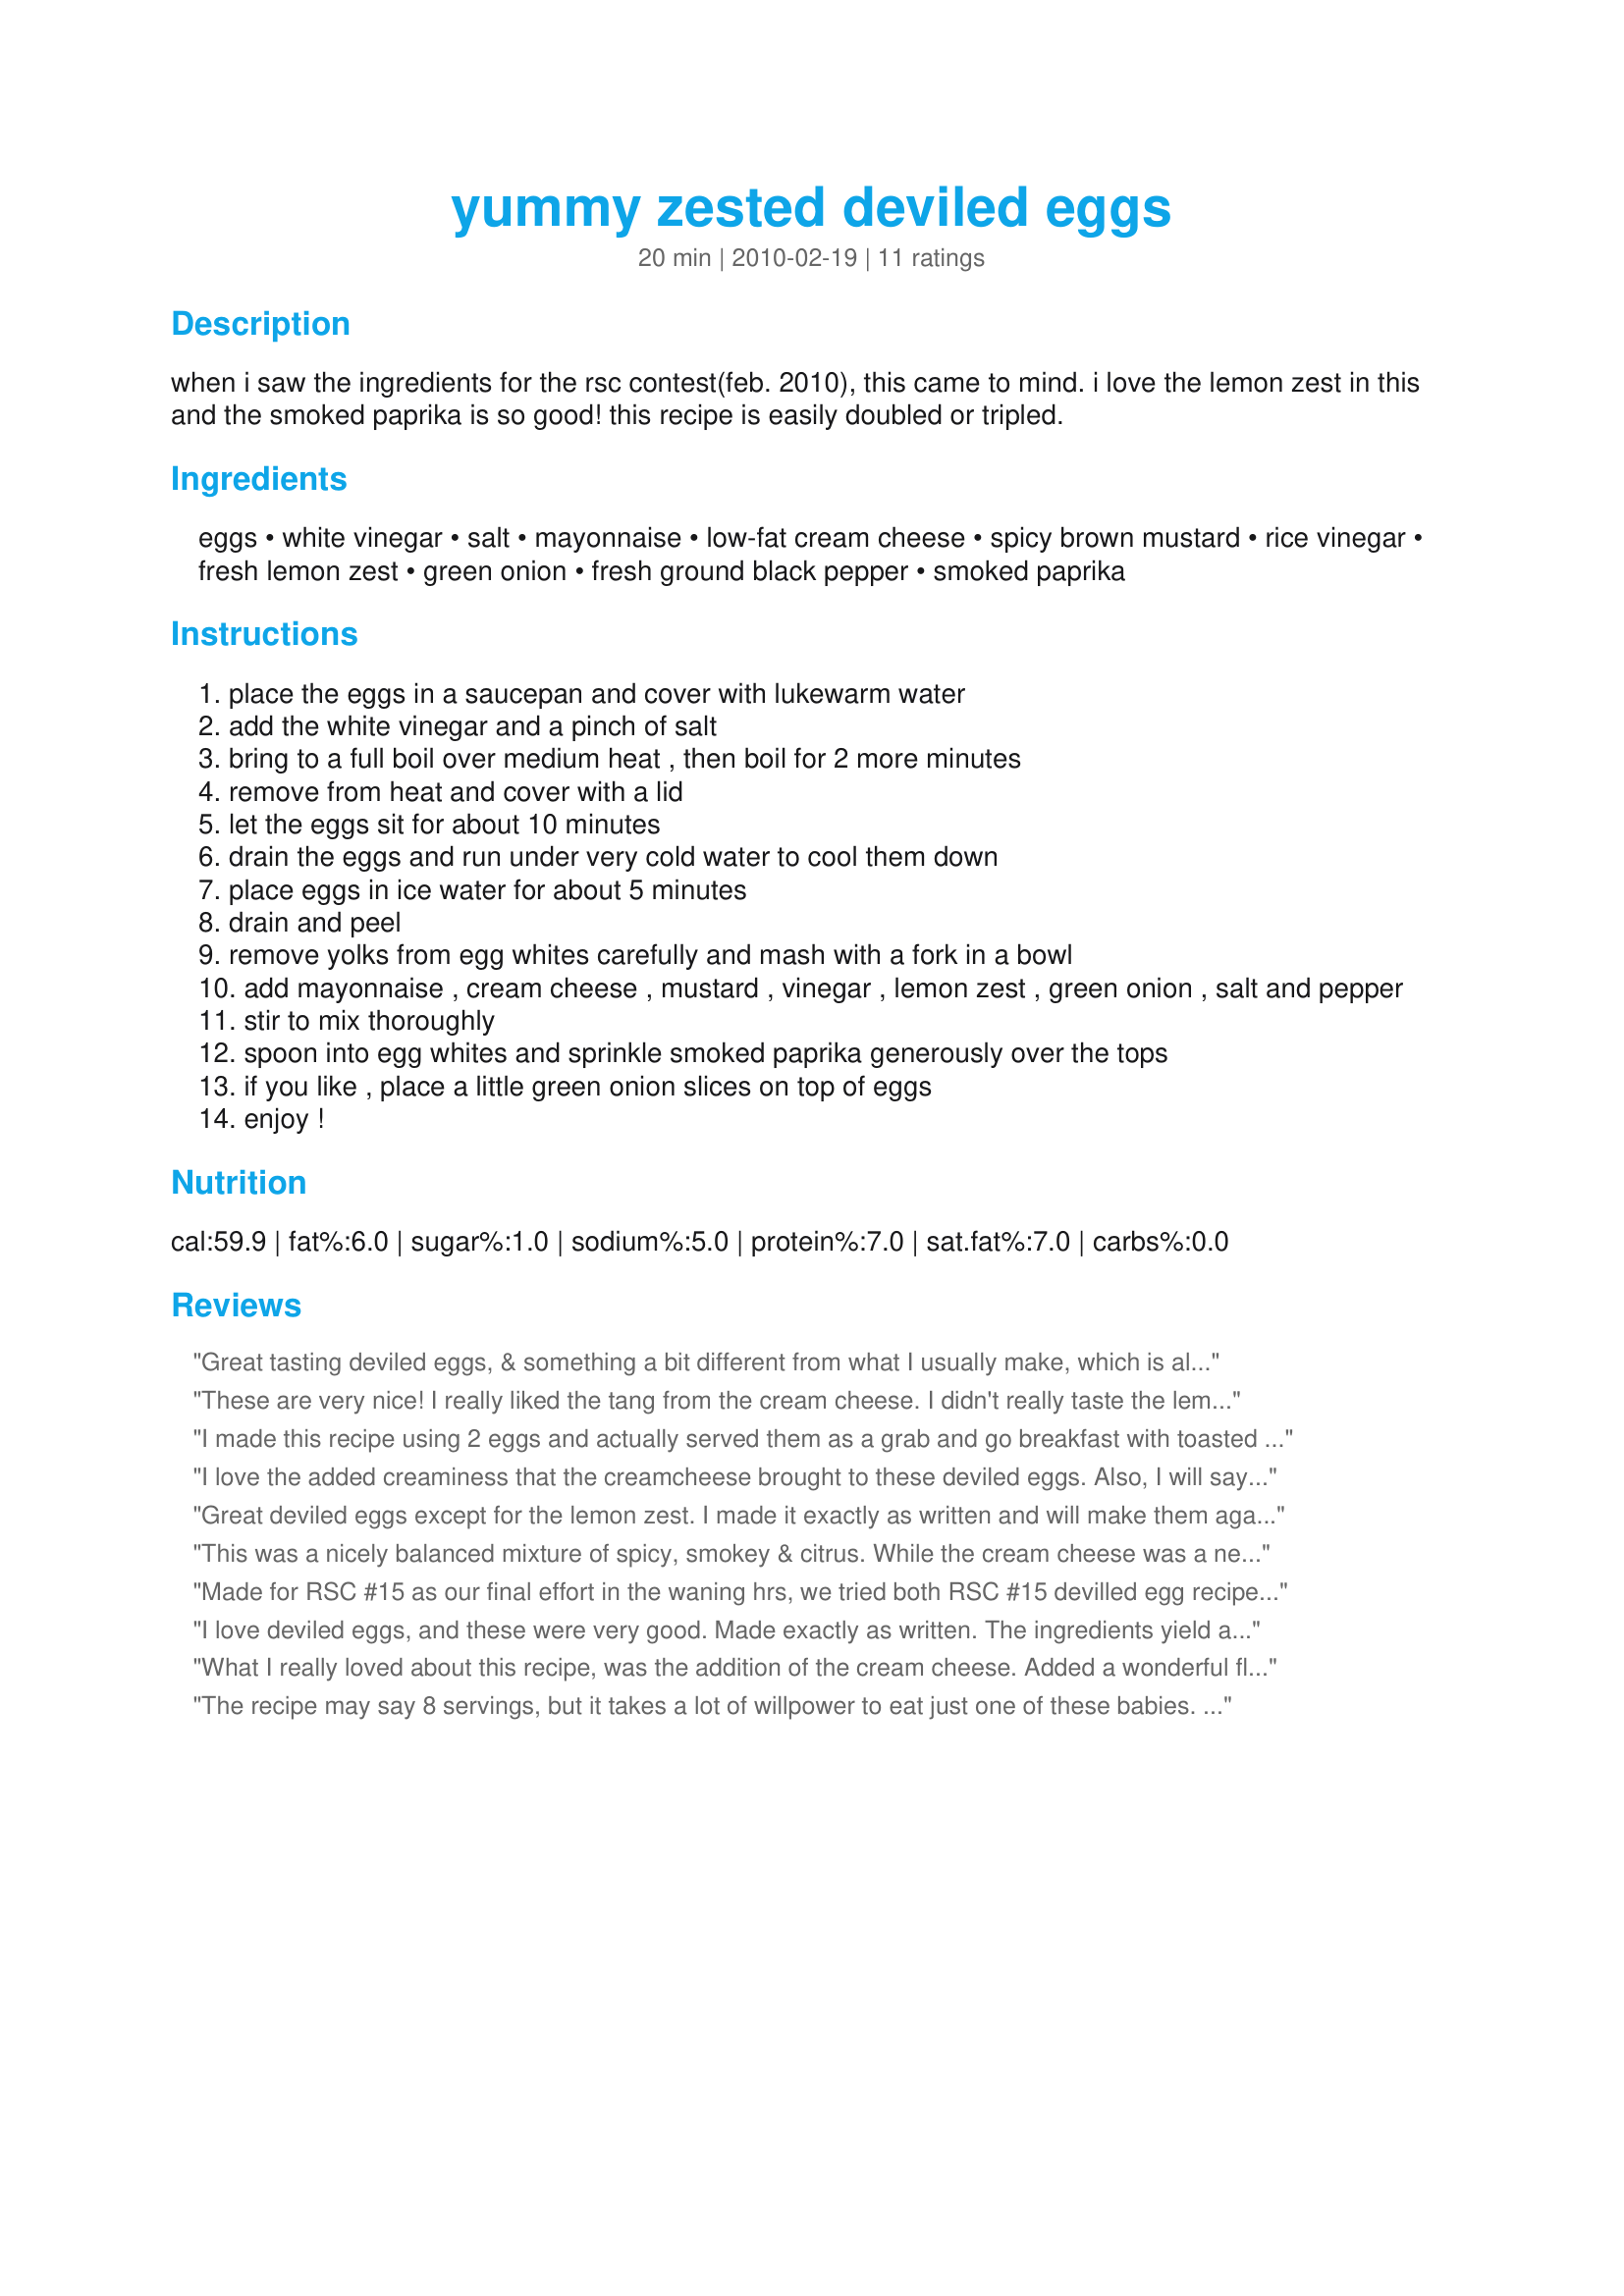
yummy zested deviled eggs
Preparation time: 20 minutes

when i saw the ingredients for the rsc contest(feb. 2010), this came to mind. i love the lemon zest in this and the smoked paprika is so good! this recipe is easily doubled or tripled.

Ingredients:
eggs, white vinegar, salt, mayonnaise, low-fat cream cheese, spicy brown mustard, rice vinegar, fresh lemon zest, green onion, fresh ground black pepper, smoked paprika

Steps:
place the eggs in a saucepan and cover with lukewarm water
add the white vinegar and a pinch of salt
bring to a full boil over medium heat , then boil for 2 more minutes
remove from heat and cover with a lid
let the eggs sit for about 10 minutes
drain the eggs and run under very cold water to cool them down
place eggs in ice water for about 5 minutes
drain and peel
remove yolks from egg whites carefully and mash with a fork in a bowl
add mayonnaise , cream cheese , mustard , vinegar , lemon zest , green onion , salt and pepper
stir to mix thoroughly
spoon into egg whites and sprinkle smoked paprika generously over the tops
if you like , place a little green onion slices on top of eggs
enjoy !

Reviews:
Great tasting deviled eggs, & something a bit different from what I usually make, which is all to the good, I thought! I liked the addition of cream cheese & the only thing I changed was to increase the amount of lemon zest ~ Absolutely love that stuff! Thanks for sharing a great recipe! [Made & reviewed in Every Day Is a Holiday tag]
These are very nice! I really liked the tang from the cream cheese. I didn't really taste the lemon zest, though. I used extra large eggs. Thanks for posting your creation and good luck!
I made this recipe using 2 eggs and actually served them as a grab and go breakfast with toasted bread. They were made the night before and refrigerated until morning. Both DH and I agreed they are delicious. The cream cheese was low fat and provided a nice creamy consistency. Good luck in RSC.
I love the added creaminess that the creamcheese brought to these deviled eggs. Also, I will say a first for me is adding ricevinegar to the mix. A nice tartness. An all around great tasting deviled egg recipe and one I will use again. Great job chef in creativity. Made for RSC #15.
Great deviled eggs except for the lemon zest. I made it exactly as written and will make them again (without the zest). I really liked the cream cheese and green onions in this. Great idea! Good luck in the contest.
This was a nicely balanced mixture of spicy, smokey & citrus. While the cream cheese was a new addition for us, we really enjoyed it. I made just as directed, using a touch more mayo for the creamier piping consistency. Thank you for submitting your creation, Chef! Good luck!
Made for RSC #15 as our final effort in the waning hrs, we tried both RSC #15 devilled egg recipes & found them equally appealing as the differences were subtle except for the type of cheese used. Made as written, I esp liked the lemon zest influence on the flavor. DH was less enthused, altho mainly due to his pers pref for crumbled bacon in devilled eggs. For the 2nd time, I say .. I know pers pref can be annoying, but we are less likely to allow for them in a contest than in our daily cooking. Thx for sharing your recipe w/us & good luck in the contest.
I love deviled eggs, and these were very good. Made exactly as written. The ingredients yield a lot of filling, which is a good thing..no skimpy filled eggs. The cream cheese makes this a heavier filling than most, but gives a nice flavor and richness. Loved the addition of green onion incorporated into the filling, not just as a garnish. As much as I like smoked paprika, I found it a little too overpowering, and would advise to use it sparingly, or to use regular paprika. It overtook the taste of the eggs a bit too much for me. I would adjust the serving size, to feed less, as for me 1/2 of an egg is not a full serving. All in all, a very good entry for the contest. Good luck!
What I really loved about this recipe, was the addition of the cream cheese. Added a wonderful flavour. (I had to try it before adding the spices) I thought the spicy mustard ruined it though...for my tastes that is. I will make this again, without that particular mustard. Made for RSC #15. Thanks for sharing your recipe, and good luck in the contest.
The recipe may say 8 servings, but it takes a lot of willpower to eat just one of these babies. The paprika may seem like a garnish, but it isn't--it's what sets off the other flavors and brings the entire dish together.
The use of cream cheese made these very creamy, but changed the texture a bit too much for us. I like all of the ingredients, but felt something was missing here. I usually balance the tartness of the mustard with a pinch of sugar (or splenda) and maybe that was the note that missed the mark with us. Thank you for your contribution to RSC & good luck!
